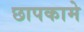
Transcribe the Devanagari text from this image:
छापकामे